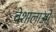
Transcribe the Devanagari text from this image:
वेशालाओं